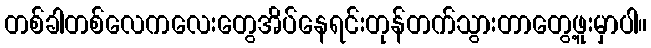
တစ်ခါတစ်လေကလေးတွေအိပ်နေရင်းတုန်တက်သွားတာတွေ့ဖူးမှာပါ။